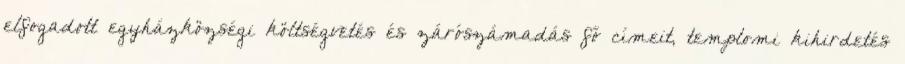
elfogadott egyházközségi költségvetés és zárószámadás fő címeit, templomi kihirdetés